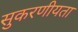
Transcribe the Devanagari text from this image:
सुकरणीयता